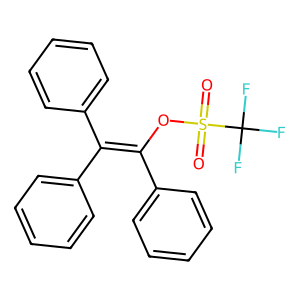
SMILES: O=S(=O)(OC(=C(c1ccccc1)c1ccccc1)c1ccccc1)C(F)(F)F
Inhibits HIV replication: No